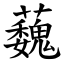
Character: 蘶